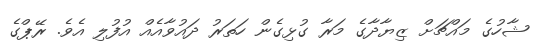
ޝާހުގެ މައްޗަށް ޒިޔާދާގެ މަރާ ގުޅިގެން ހަތަރު ދައުވާއެއް އުފުލި އެވެ. ރޭޕްގެ